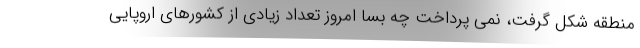
منطقه شکل گرفت، نمی پرداخت چه بسا امروز تعداد زیادی از کشورهای اروپایی